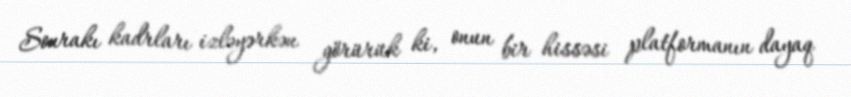
Sonrakı kadrları izləyərkən görürük ki, onun bir hissəsi platformanın dayaq